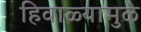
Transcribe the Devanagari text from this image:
हिवाळ्यामुळे